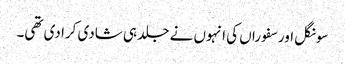
سونگل اور سفوراں کی انہوں نے جلد ہی شادی کرا دی تھی۔